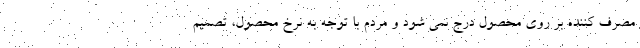
مصرف کننده بر روی محصول درج نمی شود و مردم با توجه به نرخ محصول، تصمیم